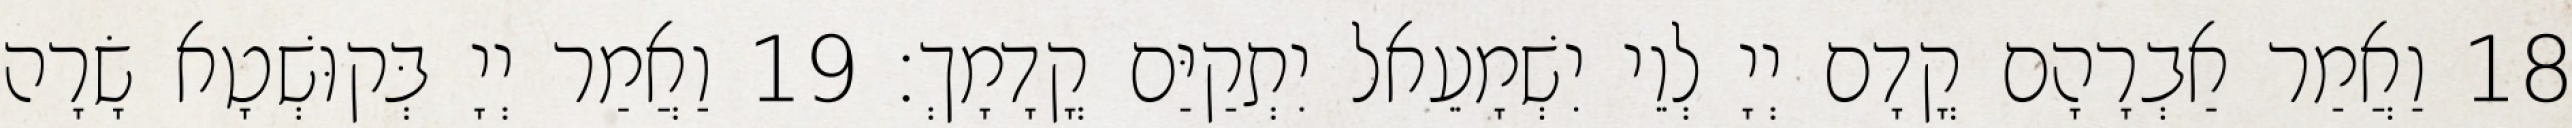
18 וַאֲמַר אַבְרָהָם קֳדָם יְיָ לְוֵי יִשְׁמָעֵאל יִתְקַיַּם קֳדָמָךְ׃ 19 וַאֲמַר יְיָ בְּקוּשְׁטָא שָׂרָה